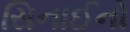
સિનાઈનો